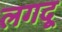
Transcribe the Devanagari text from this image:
लगदू